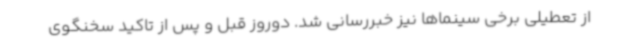
از تعطیلی برخی سینماها نیز خبررسانی شد. دوروز قبل و پس از تاکید سخنگوی